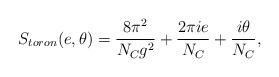
LaTeX: \begin{align*}S_{toron}(e,\theta) = \frac {8 \pi^2}{N_C g^2} + \frac {2 \pi ie}{N_C} + \frac {i \theta}{N_C},\end{align*}